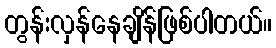
တွန်းလှန်နေချိန်ဖြစ်ပါတယ်။